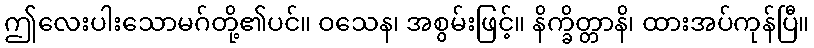
ဤလေးပါးသောမဂ်တို့၏ပင်။ ဝသေန၊ အစွမ်းဖြင့်။ နိက္ခိတ္တာနိ၊ ထားအပ်ကုန်ပြီ။